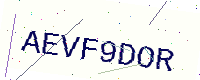
Text: AEVF9DOR